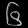
Digit: ၆